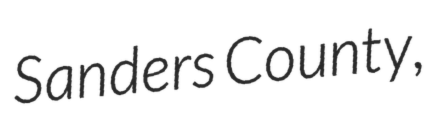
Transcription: Sanders County,